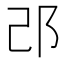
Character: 𨙬